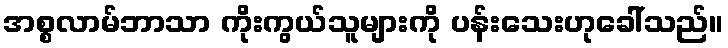
အစ္စလာမ်ဘာသာ ကိုးကွယ်သူများကို ပန်းသေးဟုခေါ်သည်။